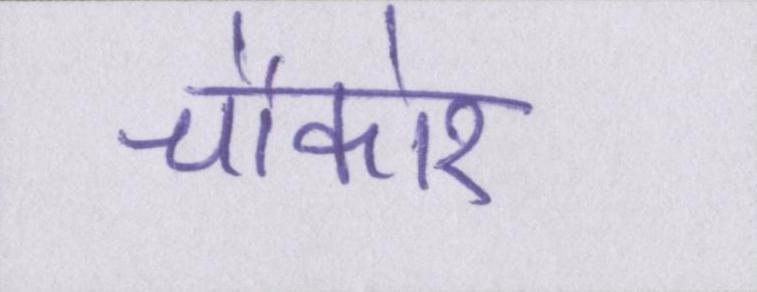
चौकोर